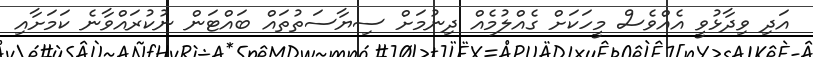
އަދި ވިދާޅުވީ އެއްވެސް މީހަކަށް ގެއްލުމެއް ދިނުމަށް ސިޔާސަތުތައް ބައްޓަން ނުކުރައްވާނެ ކަމަށާއި